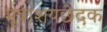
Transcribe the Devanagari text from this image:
मूत्राशयछेदक